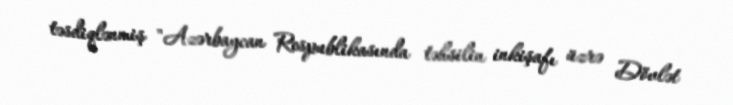
təsdiqlənmiş "Azərbaycan Respublikasında təhsilin inkişafı üzrə Dövlət